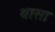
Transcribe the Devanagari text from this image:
थासा